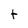
Character: t